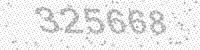
Solution: 325668